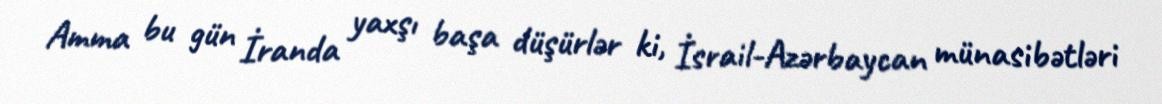
Amma bu gün İranda yaxşı başa düşürlər ki, İsrail-Azərbaycan münasibətləri